Scottish Certificate of Education, 1963
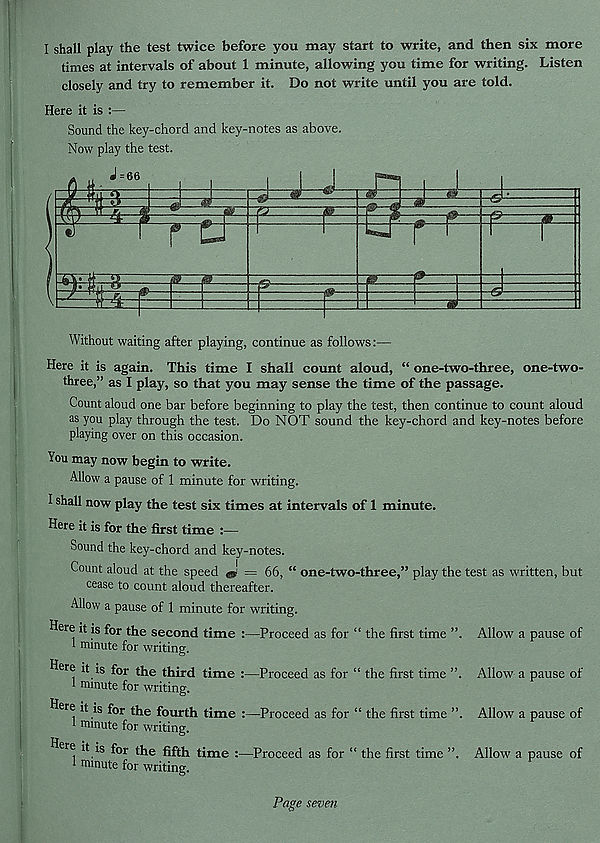
I shall play the test twice before you may start to write, and then six more
times at intervals of about 1 minute, allowing you time for writing. Listen
closely and try to remember it. Do not write until you are told.
Here it is :—
Sound the key-chord and key-notes as above.
Now play the test.
Without waiting after playing, continue as follows:—
Here it is again. This time I shall count aloud, “ one-two-three, one-two-
three,” as I play, so that you may sense the time of the passage.
Count aloud one bar before beginning to play the test, then continue to count aloud
as you play through the test. Do NOT sound the key-chord and key-notes before
playing over on this occasion.
You may now begin to write.
Allow a pause of 1 minute for writing.
I shall now play the test six times at intervals of 1 minute.
Here it is for the first time :—
Sound the key-chord and key-notes.
Count aloud at the speed
= 66, “ one-two-three,” play the
cease to count aloud thereafter.
Allow a pause of 1 minute for writing.
Here it is for the second time :—Proceed as for “ the first time ”.
1 minute for writing.
Here it is fo r fog third time :—Proceed as for “ the first time ”.
1 minute for writing.
Here it is fo r the fourth time :—Proceed as for “ the first time ”.
l minute for writing.
er e it is for the fifth time :—Proceed as for “ the first time ”,
i minute for writing.
test as written, but
Allow a pause of
Allow a pause of
Allow a pause of
Allow a pause of
Page seven